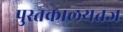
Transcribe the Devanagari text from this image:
पुस्तकालयतज्ञ